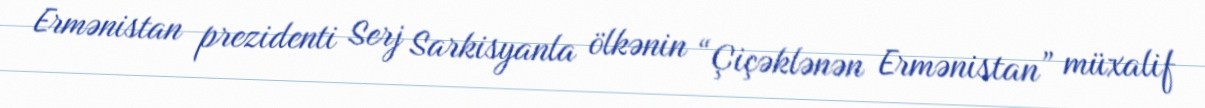
Ermənistan prezidenti Serj Sarkisyanla ölkənin “Çiçəklənən Ermənistan” müxalif